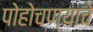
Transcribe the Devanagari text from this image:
पोहोचण्‍याचे